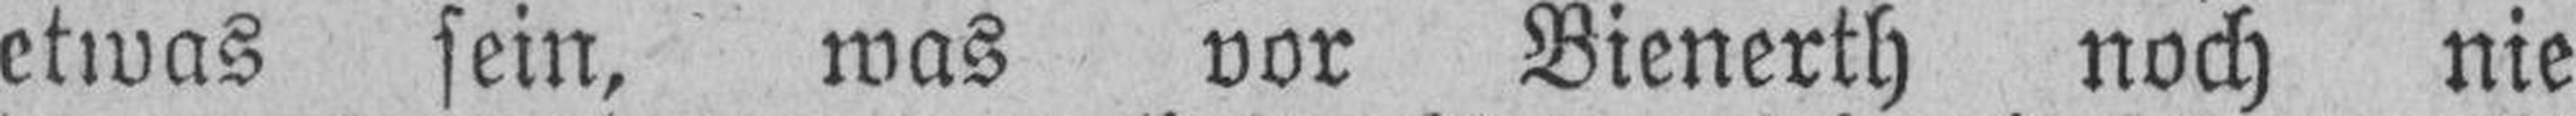
etwas sein, was vor Bienerth noch nie